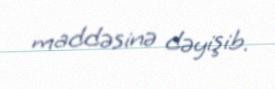
maddəsinə dəyişib.